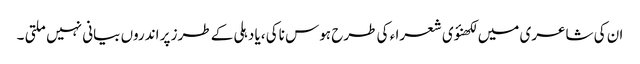
ان کی شاعری میں لکھنؤی شعرا ء کی طرح ہوس ناکی ،یا دہلی کے طرز پر اندروں بیانی نہیں ملتی ۔